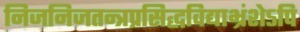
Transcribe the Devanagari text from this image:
निजनिजतन्त्रप्रसिद्धविद्याभ्रंशेऽपि